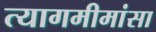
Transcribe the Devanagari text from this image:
त्यागमीमांसा